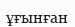
ұғынған